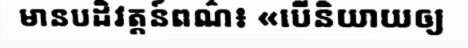
មានបដិវត្តន៍ពណ៌៖ «បើនិយាយឲ្យ